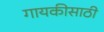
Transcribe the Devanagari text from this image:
गायकीसाठी